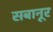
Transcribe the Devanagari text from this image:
सबानूर